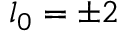
l _ { 0 } = \pm 2